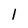
Character: 1